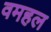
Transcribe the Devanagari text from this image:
वमहल